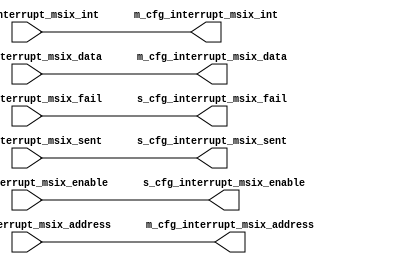
// This program was cloned from: https://github.com/esa-tu-darmstadt/tapasco
// License: GNU Lesser General Public License v3.0

module MSIxUSPTranslator(
              input [63:0] s_cfg_interrupt_msix_address,
              input [31:0] s_cfg_interrupt_msix_data,
              input s_cfg_interrupt_msix_int,
              output [3:0] s_cfg_interrupt_msix_enable,
              output s_cfg_interrupt_msix_fail,
              output s_cfg_interrupt_msix_sent,
              output [63:0] m_cfg_interrupt_msix_address,
              output [31:0] m_cfg_interrupt_msix_data,
              output m_cfg_interrupt_msix_int,
              input [3:0] m_cfg_interrupt_msix_enable,
              input m_cfg_interrupt_msix_fail,
              input m_cfg_interrupt_msix_sent
              );

assign m_cfg_interrupt_msix_address = s_cfg_interrupt_msix_address;
assign m_cfg_interrupt_msix_data = s_cfg_interrupt_msix_data;
assign m_cfg_interrupt_msix_int = s_cfg_interrupt_msix_int;
assign s_cfg_interrupt_msix_enable = m_cfg_interrupt_msix_enable;
assign s_cfg_interrupt_msix_fail = m_cfg_interrupt_msix_fail;
assign s_cfg_interrupt_msix_sent = m_cfg_interrupt_msix_sent;

endmodule